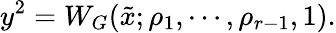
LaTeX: y^{2}=W_{G}(\tilde{x};\rho_{1},\cdots,\rho_{r-1},1).